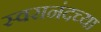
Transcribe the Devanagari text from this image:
स्वरानंदच्या